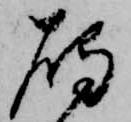
鴈